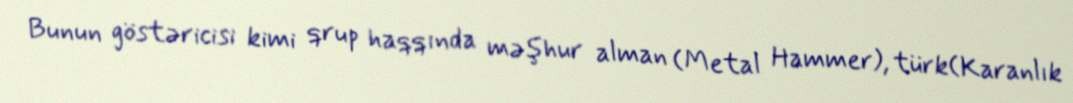
Bunun göstəricisi kimi qrup haqqında məşhur alman (Metal Hammer), türk(Karanlık